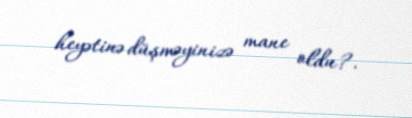
heyətinə düşməyinizə mane oldu?.